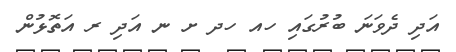
އަދި ދެވަނަ ބުރުގައި ހއ ހދ ށ ނ އަދި ރ އަތޮޅުން